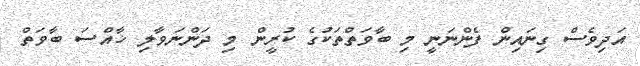
އަދިވެސް ގިނައިން ފެންނަނީ މި ބާވަތްތަކުގެ ކުރީން މި ދަންނަވާލި ޚާއްސަ ބާވަތް